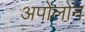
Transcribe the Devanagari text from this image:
अपोलोन